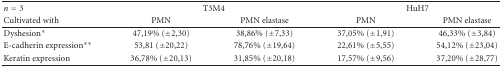
<table><thead><tr><td><b><i>n</i> = 3</b></td><td colspan="2"><b>T3M4</b></td><td colspan="2"><b>HuH7</b></td></tr><tr><td><b>Cultivated with</b></td><td><b>PMN</b></td><td><b>PMN elastase</b></td><td><b>PMN</b></td><td><b>PMN elastase</b></td></tr></thead><tbody><tr><td>Dyshesion*</td><td>47,19% (±2,30)</td><td>38,86% (±7,33)</td><td>37,05% (±1,91)</td><td>46,33% (±3,84)</td></tr><tr><td>E-cadherin expression**</td><td>53,81 (±20,22)</td><td>78,76% (±19,64)</td><td>22,61% (±5,55)</td><td>54,12% (±23,04)</td></tr><tr><td>Keratin expression</td><td>36,78% (±20,13)</td><td>31,85% (±20,18)</td><td>17,57% (±9,56)</td><td>37,20% (±28,77)</td></tr></tbody></table>